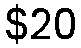
$20